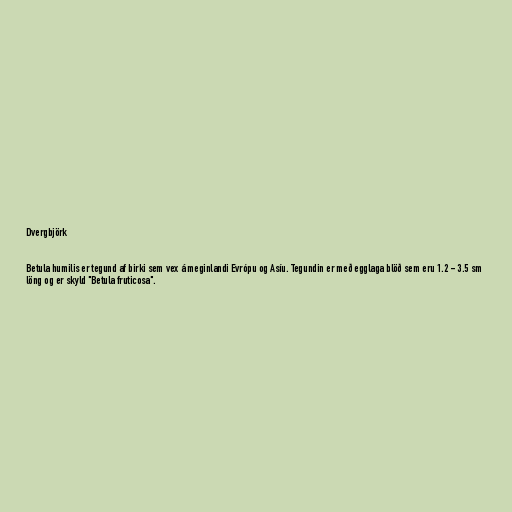
Dvergbjörk

Betula humilis er tegund af birki sem vex á meginlandi Evrópu og Asíu. Tegundin er með egglaga blöð sem eru 1.2 - 3.5 sm
löng og er skyld "Betula fruticosa".